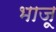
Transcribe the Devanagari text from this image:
भाजू